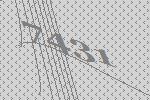
7431